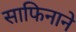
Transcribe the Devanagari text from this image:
साफिनाने